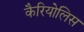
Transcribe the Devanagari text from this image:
कैरियोलिस